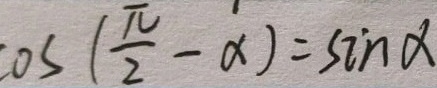
\cos ( \frac { \pi } { 2 } - \alpha ) = \sin \alpha